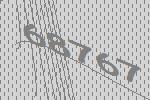
68767